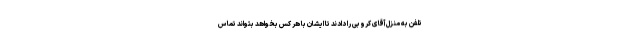
تلفن به منزل آقای کروبی را دادند تا ایشان با هر کس بخواهد بتواند تماس